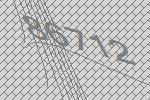
86712